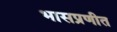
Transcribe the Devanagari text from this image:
भासप्रणीत